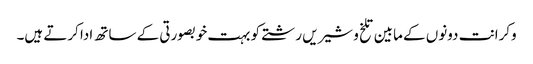
وکرانت دونوں کے مابین تلخ و شیریں رشتے کو بہت خوبصورتی کے ساتھ ادا کرتے ہیں۔